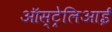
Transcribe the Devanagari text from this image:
ऑस्ट्रेलिआई